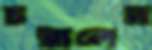
চরালেন